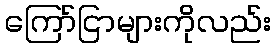
ကြော်ငြာများကိုလည်း